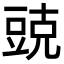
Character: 𮙓